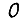
Digit: 0